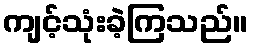
ကျင့်သုံးခဲ့ကြသည်။